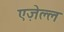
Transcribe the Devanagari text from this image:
एज़ेल्ल